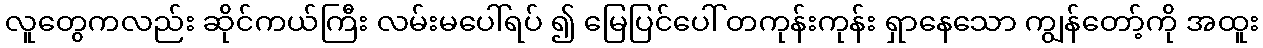
လူတွေကလည်း ဆိုင်ကယ်ကြီး လမ်းမပေါ်ရပ် ၍ မြေပြင်ပေါ် တကုန်းကုန်း ရှာနေသော ကျွန်တော့်ကို အထူး